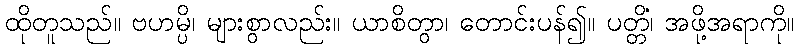
ထိုတူသည်။ ဗဟမ္ပိ၊ များစွာလည်း။ ယာစိတွာ၊ တောင်းပန်၍။ ပတ္တိံ၊ အဖို့အရာကို။